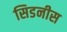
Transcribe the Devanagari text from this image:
सिडनीस